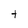
Character: t